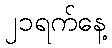
၂၁ရက်နေ့